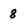
Character: 8